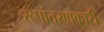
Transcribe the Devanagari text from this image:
रूपांतरणकारी